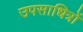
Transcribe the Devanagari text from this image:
उपसाधित्रों